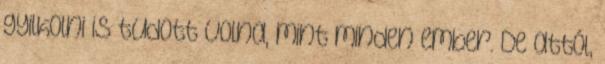
gyilkolni is tudott volna, mint minden ember. De attól,